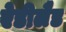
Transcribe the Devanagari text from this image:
ऐडीलैड